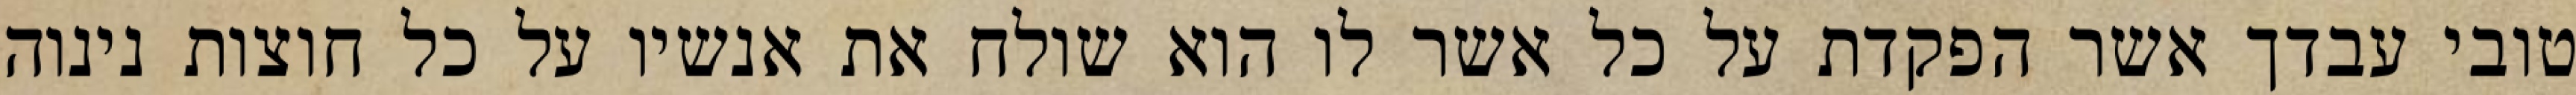
טובי עבדך אשר הפקדת על כל אשר לו הוא שולח את אנשיו על כל חוצות נינוה